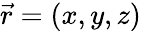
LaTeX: \vec{r}=(x,y,z)